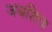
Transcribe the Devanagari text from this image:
जबशिला